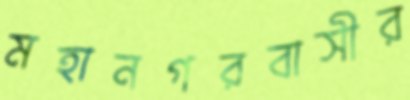
মহানগরবাসীর